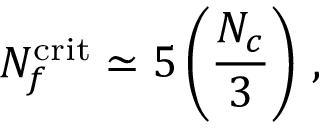
N _ { f } ^ { \mathrm { c r i t } } \simeq 5 \left( \frac { N _ { c } } { 3 } \right) \, ,